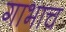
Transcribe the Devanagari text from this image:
गाभाच